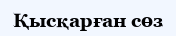
Қысқарған сөз